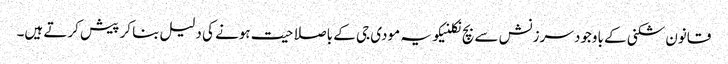
قانون شکنی کے باوجود سرزنش سے بچ نکلنیکو یہ مودی جی کے باصلاحیت ہونے کی دلیل بنا کر پیش کرتے ہیں۔